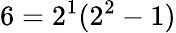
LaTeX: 6=2^{1}(2^{2}-1)